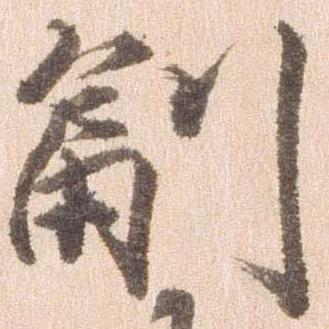
副